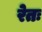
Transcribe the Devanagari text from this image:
रेतः